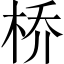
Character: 桥